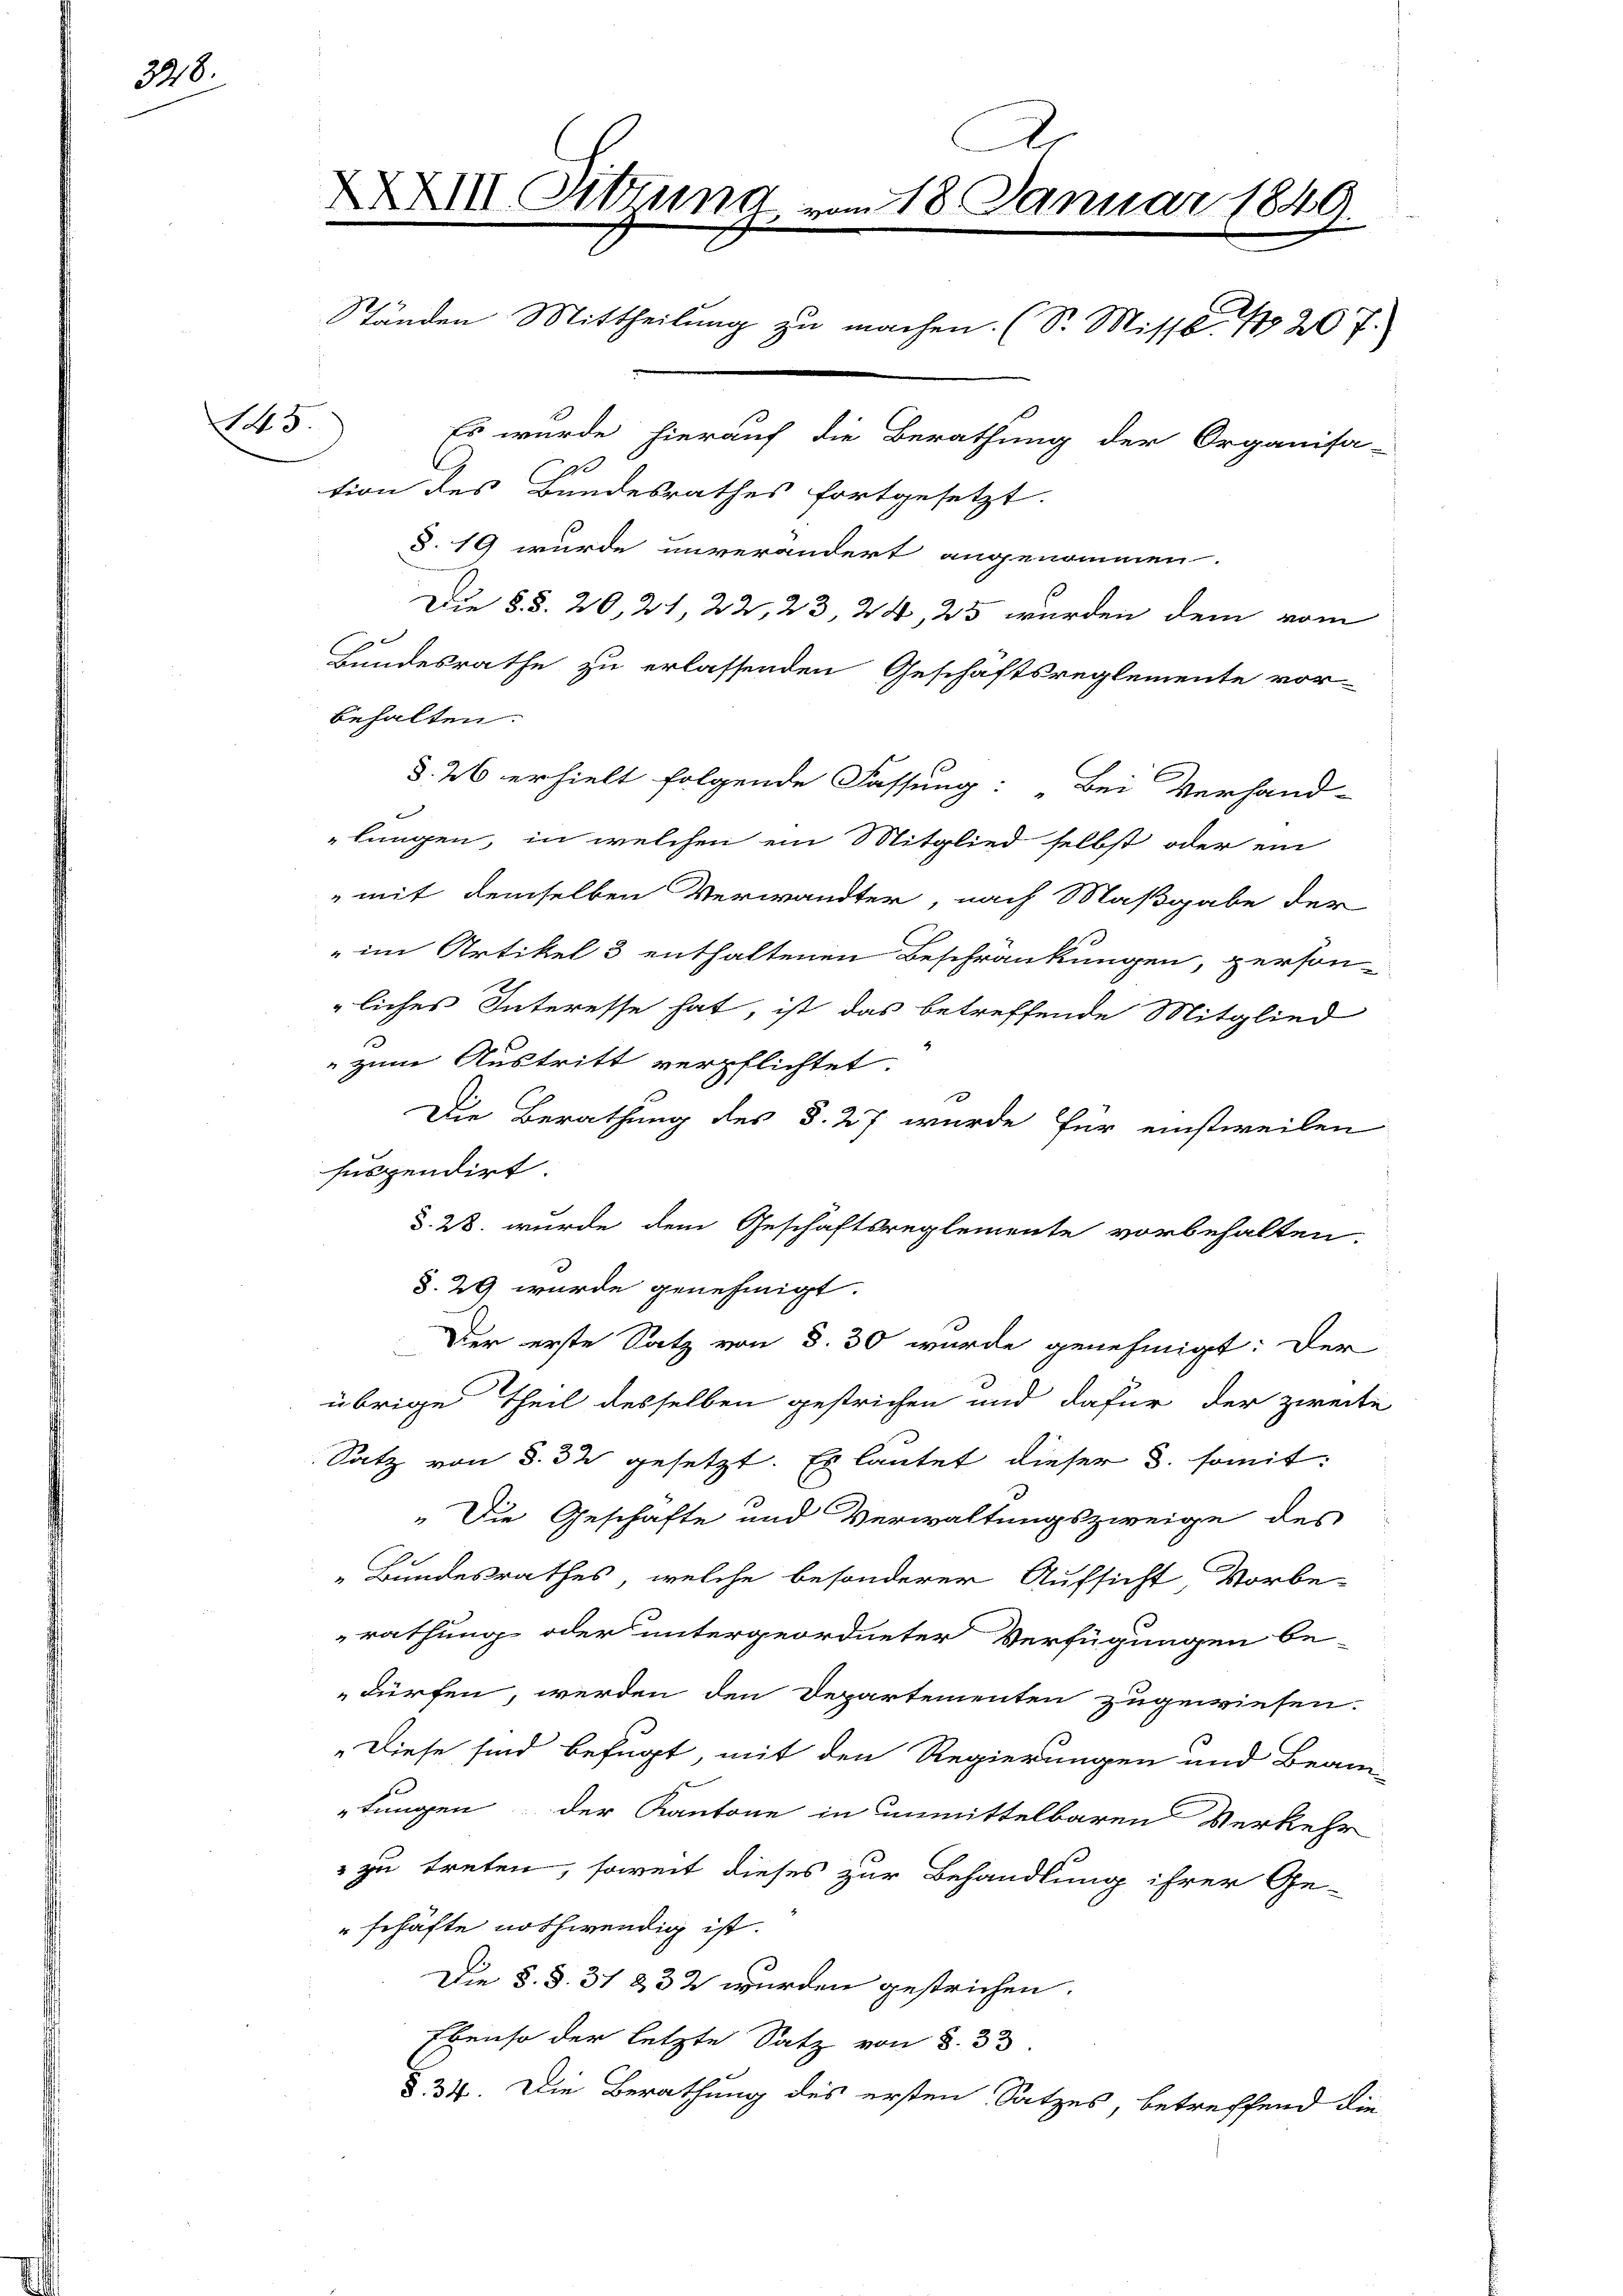
348.

A
XXXII Sitzung vom 18. Januar 1849.
Ständen Mittheilung zu machen. (S. Missb. 1820 7.
13.
Es wurde hierauf die Berathung der Organisa-
tion des Bundesrathes fortgesetzt.
§. 19 wurde unverändert angenommen.
Die §§. 20, 21, 22, 23, 24, 25 wurden dem vom

Bundesrathe zu erlassenden Geschäftsreglemente vor-
behalten.
§. 26 erhielt folgende Fassung: „Bei Verhand-
lungen, in welchen ein Mitglied selbst oder ein
" mit demselben Verwandter, nach Maßgabe der
" im Artikel 3 enthaltenen Beschränkungen, person-
liches Interesse hat, ist das betreffende Mitglied
5
 zum Austritt verpflichtet.
Die Berathung des §. 27 wurde für einstweilen
suspendirt
d. 28. wurde dem Geschäftsreglemente vorbehalten.
§. 29 wurde genehmigt.
Der erste Satz von §. 30 wurde genehmigt: Der
übrige Theil desselben gestrichen und dafür der zweite
Satz von §. 32 gesetzt. Es lautet dieser d. somit:
„Die Geschäfte und Verwaltungszweige des
e
„Bundesrathes, welche besonderer Aufsicht, Vorbe-
rathung oder untergeordneter Verfügungen be-
dürfen, werden den Departementen zugewiesen.
Diese sind befugt, mit den Regierungen und Beam-
fungen der Kantone in unmittelbaren Verkehr
 zu treten, soweit dieses zur Behandlung ihrer Ge-
"schäfte nothwendig ist.
Die §. §. 31 232 wurden gestrichen.
Ebenso der letzte Satz von §. 33
§. 34. Die Berathung des ersten Satzes, betreffend die